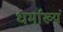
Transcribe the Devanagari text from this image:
धर्माख्यं